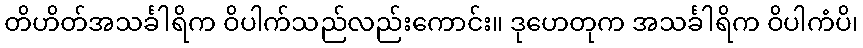
တိဟိတ်အသင်္ခါရိက ဝိပါက်သည်လည်းကောင်း။ ဒုဟေတုက အသင်္ခါရိက ဝိပါကံပိ၊